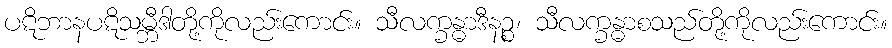
ပဋိဘာနပဋိသမ္ဘီဒါတို့ကိုလည်းကောင်း။ သီလက္ခန္ဓာဒီနဉ္စ၊ သီလက္ခန္ဓာစသည်တို့ကိုလည်းကောင်း။